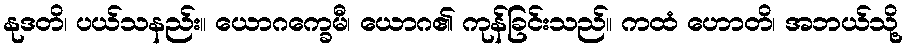
နုဒတိ၊ ပယ်သနည်း။ ယောဂက္ခေမီ၊ ယောဂ၏ ကုန်ခြင်းသည်။ ကထံ ဟောတိ၊ အဘယ်သို့